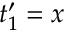
t _ { 1 } ^ { \prime } = x